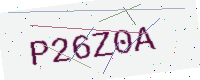
Text: P26Z0A